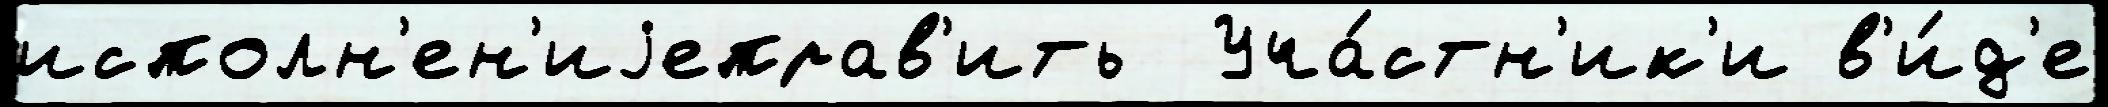
исполн'ен'иjеправ'ить  Уча́стн'ик'и в'и́д'е